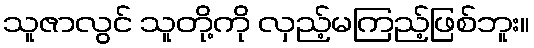
သူဇာလွင် သူတို့ကို လှည့်မကြည့်ဖြစ်ဘူး။